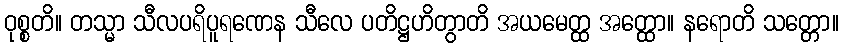
ဝုစ္စတိ။ တသ္မာ သီလပရိပူရဏေန သီလေ ပတိဋ္ဌဟိတွာတိ အယမေတ္ထ အတ္ထော။ နရောတိ သတ္တော။